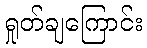
ရှုတ်ချကြောင်း